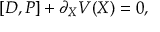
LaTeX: [ { \cal D } , { \cal P } ] + \partial _ { \cal X } { \cal V } ( { \cal X } ) = 0 ,